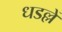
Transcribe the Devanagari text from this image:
धडल्लें